Indian journal of veterinary science and animal husbandry - Volume 7,
Year: 1937
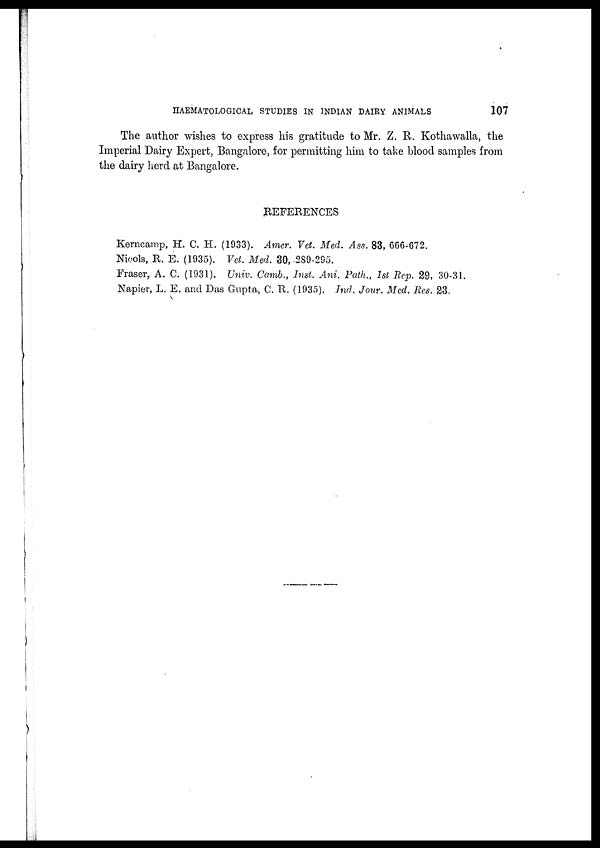
HAEMATOLOGICAL STUDIES IN INDIAN DAIRY ANIMALS
107
The author wishes to express his gratitude to Mr. Z. R. Kothawalla, the
Imperial Dairy Expert, Bangalore, for permitting him to take blood samples from
the dairy herd at Bangalore.
REFERENCES
Kerncamp, H. C. H. (1933). Amer. Vet. Med. Ass. 83, 666-672.
Nicols, R. E. (1935). Vet. Med. 30, 289-295.
Fraser, A. C. (1931). Univ. Camb., Inst. Ani. Path., 1st Rep. 29, 30-31.
Napier, L. E. and Das Gupta, C. R. (1935). Ind. Jour. Med. Res. 23.